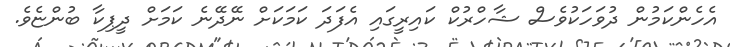
އެހެންކަމުން ދުވަހަކުވެސް ޝާހްރުކް ކައިރީގައި އެފަދަ ކަމަކަށް ނޭދޭނެ ކަމަށް ދީޕިކާ ބުންޏެވެ.